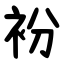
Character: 衯